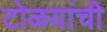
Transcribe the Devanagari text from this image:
टोळयांची